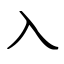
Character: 入